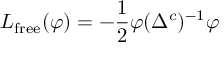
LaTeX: L _ { \mathrm { f r e e } } ( \varphi ) = - { \frac { 1 } { 2 } } \varphi ( \Delta ^ { c } ) ^ { - 1 } \varphi